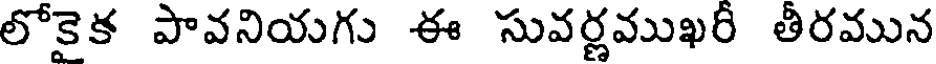
లోకైక పావనియగు ఈ సువర్ణముఖరీ తీరమున